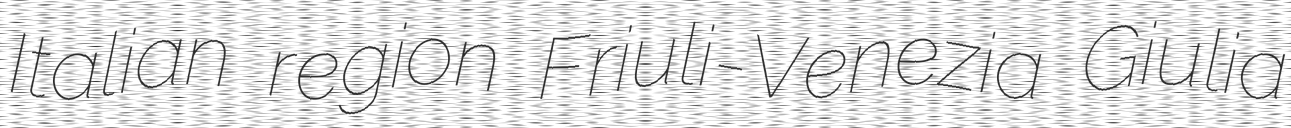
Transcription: Italian region Friuli-Venezia Giulia